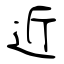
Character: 近